Lunatic asylums in Bengal annual reports 1888-1898 - 1888-1898
Year: 1888
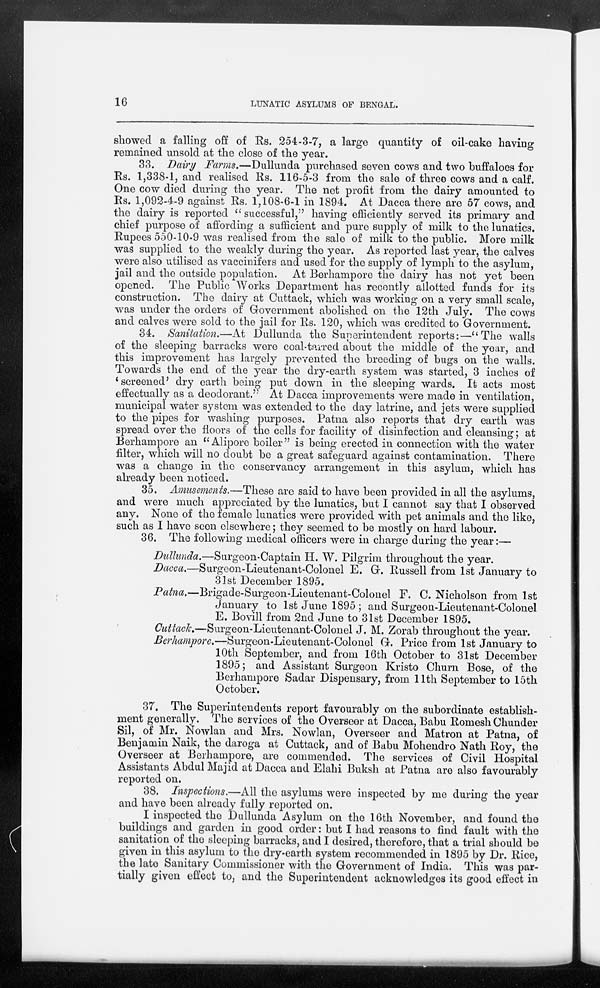
16
LUNATIC ASYLUMS OF BENGAL.
showed a falling off of Rs. 254-3-7, a large quantity of oil-cake having
remained unsold at the close of the year.
33. Dairy Farms.—Dullunda purchased seven cows and two buffaloes for
Rs. 1,338-1, and realised Rs. 116-5-3 from the sale of three cows and a calf.
One cow died during the year. The net profit from the dairy amounted to
Rs. 1,092-4-9 against Rs. 1,108-6-1 in 1894. At Dacca there are 57 cows, and
the dairy is reported "successful," having efficiently served its primary and
chief purpose of affording a sufficient and pure supply of milk to the lunatics.
Rupees 550-10-9 was realised from the sale of milk to the public. More milk
was supplied to the weakly during the year. As reported last year, the calves
were also utilised as vaccinifers and used for the supply of lymph to the asylum,
jail and the outside population. At Berhampore the dairy has not yet been
opened. The Public Works Department has recently allotted funds for its
construction. The dairy at Cuttack, which was working on a very small scale,
was under the orders of Government abolished on the 12th July. The cows
and calves were sold to the jail for Rs. 120, which was credited to Government.
34. Sanitation.—At Dullunda the Superintendent reports:—"The walls
of the sleeping barracks were coal-tarred about the middle of the year, and
this improvement has largely prevented the breeding of bugs on the walls.
Towards the end of the year the dry-earth system was started, 3 inches of
' screened' dry earth being put down in the sleeping wards. It acts most
effectually as a deodorant." At Dacca improvements were made in ventilation,
municipal water system was extended to the day latrine, and jets were supplied
to the pipes for washing purposes. Patna also reports that dry earth was
spread over the floors of the cells for facility of disinfection and cleansing; at
Berhampore an "Alipore boiler" is being erected in connection with the water
filter, which will no doubt be a great safeguard against contamination. There
was a change in the conservancy arrangement in this asylum, which has
already been noticed.
35. Amusements.—These are said to have been provided in all the asylums,
and were much appreciated by the lunatics, but I cannot say that I observed
any. None of the female lunatics were provided with pet animals and the like,
such as I have seen elsewhere; they seemed to be mostly on hard labour.
36. The following medical officers were in charge during the year:—
Dullunda.—Surgeon-Captain H. W. Pilgrim throughout the year.
Dacca.—Surgeon-Lieutenant-Colonel E. G. Russell from 1st January to
31st December 1895.
Patna.—Brigade-Surgeon-Lieutenant-Colonel
F. C. Nicholson from 1st
January to 1st June 1895; and Surgeon-Lieutenant-Colonel
E. Bovill from 2nd June to 31st December 1895.
Cuttack.—Surgeon-Lieutenant-Colonel J. M. Zorab throughout the year.
Berhampore.—Surgeon-Lieutenant-Colonel G. Price from 1st January to
10th September, and from 16th October to 31st December
1895; and Assistant Surgeon Kristo Churn Bose, of the
Berhampore Sadar Dispensary, from 11th September to 15th
October.
37. The Superintendents report favourably on the subordinate establish-
ment generally. The services of the Overseer at Dacca, Babu Romesh Chunder
Sil, of Mr. Nowlan and Mrs. Nowlan, Overseer and Matron at Patna, of
Benjamin Naik, the daroga at Cuttack, and of Babu Mohendro Nath Roy, the
Overseer at Berhampore, are commended. The services of Civil Hospital
Assistants Abdul Majid at Dacca and Elahi Buksh at Patna are also favourably
reported on.
38. Inspections.—All the asylums were inspected by me during the year
and have been already fully reported on.
I inspected the Dullunda Asylum on the 16th November, and found the
buildings and garden in good order: but I had reasons to find fault with the
sanitation of the sleeping barracks, and I desired, therefore, that a trial should be
given in this asylum to the dry-earth system recommended in 1895 by Dr. Rice,
the late Sanitary Commissioner with the Government of India. This was par-
tially given effect to, and the Superintendent acknowledges its good effect in